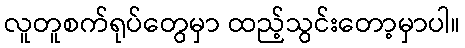
လူတူစက်ရုပ်တွေမှာ ထည့်သွင်းတော့မှာပါ။